Report on vaccination in Madras 1904-1921 - 1904-1921
Year: 1904
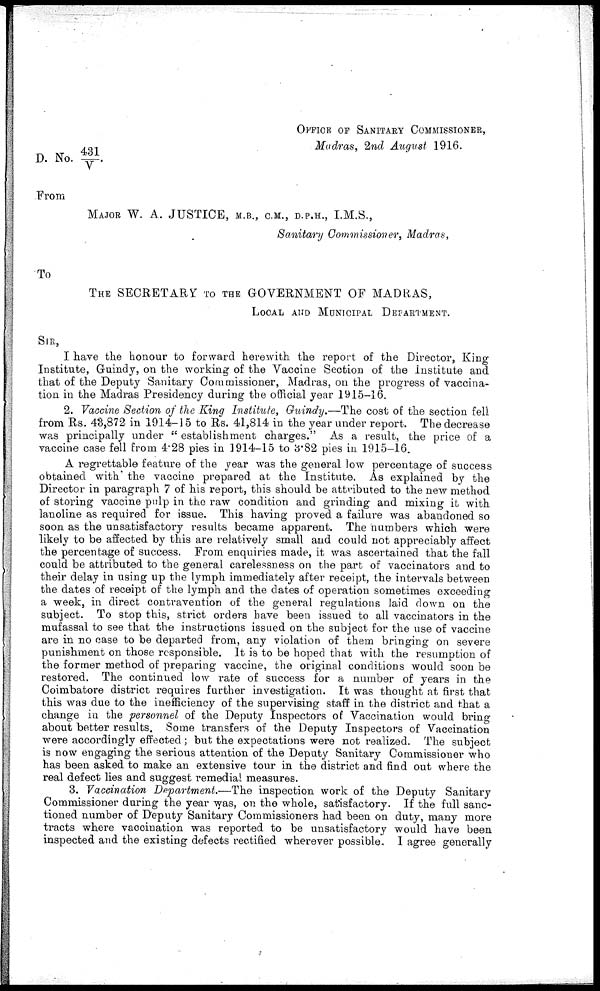
OFFICE OF SANITARY COMMISSIONER,
Madras, 2nd August 1916.
D. No. 431/V.
From
MAJOR W. A. JUSTICE, M.B., C.M., D.P.H., I.M.S.,
Sanitary Commissioner, Madras,
To
THE SECRETARY TO THE GOVERNMENT OF MADRAS,
LOCAL AND MUNICIPAL DEPARTMENT.
SIR,
I have the honour to forward herewith the report of the Director, King
Institute, Guindy, on the working of the Vaccine Section of the institute and
that of the Deputy Sanitary Commissioner, Madras, on the progress of vaccina-
tion in the Madras Presidency during the official year 1915-16.
2. Vaccine Section of the King Institute, Guindy.—The cost of the section fell
from Rs. 43,872 in 1914-15 to Rs. 41,814 in the year under report. The decrease
was principally under " establishment charges." As a result, the price of a
vaccine case fell from 4.28 pies in 1914-15 to 3.82 pies in 1915-16.
A regrettable feature of the year was the general low percentage of success
obtained with the vaccine prepared at the Institute. As explained by the
Director in paragraph 7 of his report, this should be attributed to the new method
of storing vaccine pulp in the raw condition and grinding and mixing it with
lanoline as required for issue. This having proved a failure was abandoned so
soon as the unsatisfactory results became apparent. The numbers which were
likely to be affected by this are relatively small and could not appreciably affect
the percentage of success. From enquiries made, it was ascertained that the fall
could be attributed to the general carelessness on the part of vaccinators and to
their delay in using up the lymph immediately after receipt, the intervals between
the dates of receipt of the lymph and the dates of operation sometimes exceeding
a week, in direct contravention of the general regulations laid down on the
subject. To stop this, strict orders have been issued to all vaccinators in the
mufassal to see that the instructions issued on the subject for the use of vaccine
are in no case to be departed from, any violation of them bringing on severe
punishment on those responsible. It is to be hoped that with the resumption of
the former method of preparing vaccine, the original conditions would soon be
restored. The continued low rate of success for a number of years in the
Coimbatore district requires further investigation. It was thought at first that
this was due to the inefficiency of the supervising staff in the district and that a
change in the personnel of the Deputy Inspectors of Vaccination would bring
about better results. Some transfers of the Deputy Inspectors of Vaccination
were accordingly effected ; but the expectations were not realized. The subject
is now engaging the serious attention of the Deputy Sanitary Commissioner who
has been asked to make an extensive tour in the district and find out where the
real defect lies and suggest remedial measures.
3. Vaccination Department.—The inspection work of the Deputy Sanitary
Commissioner during the year was, on the whole, satisfactory. If the full sanc-
tioned number of Deputy Sanitary Commissioners had been on duty, many more
tracts where vaccination was reported to be unsatisfactory would have been
inspected and the existing defects rectified wherever possible. I agree generally